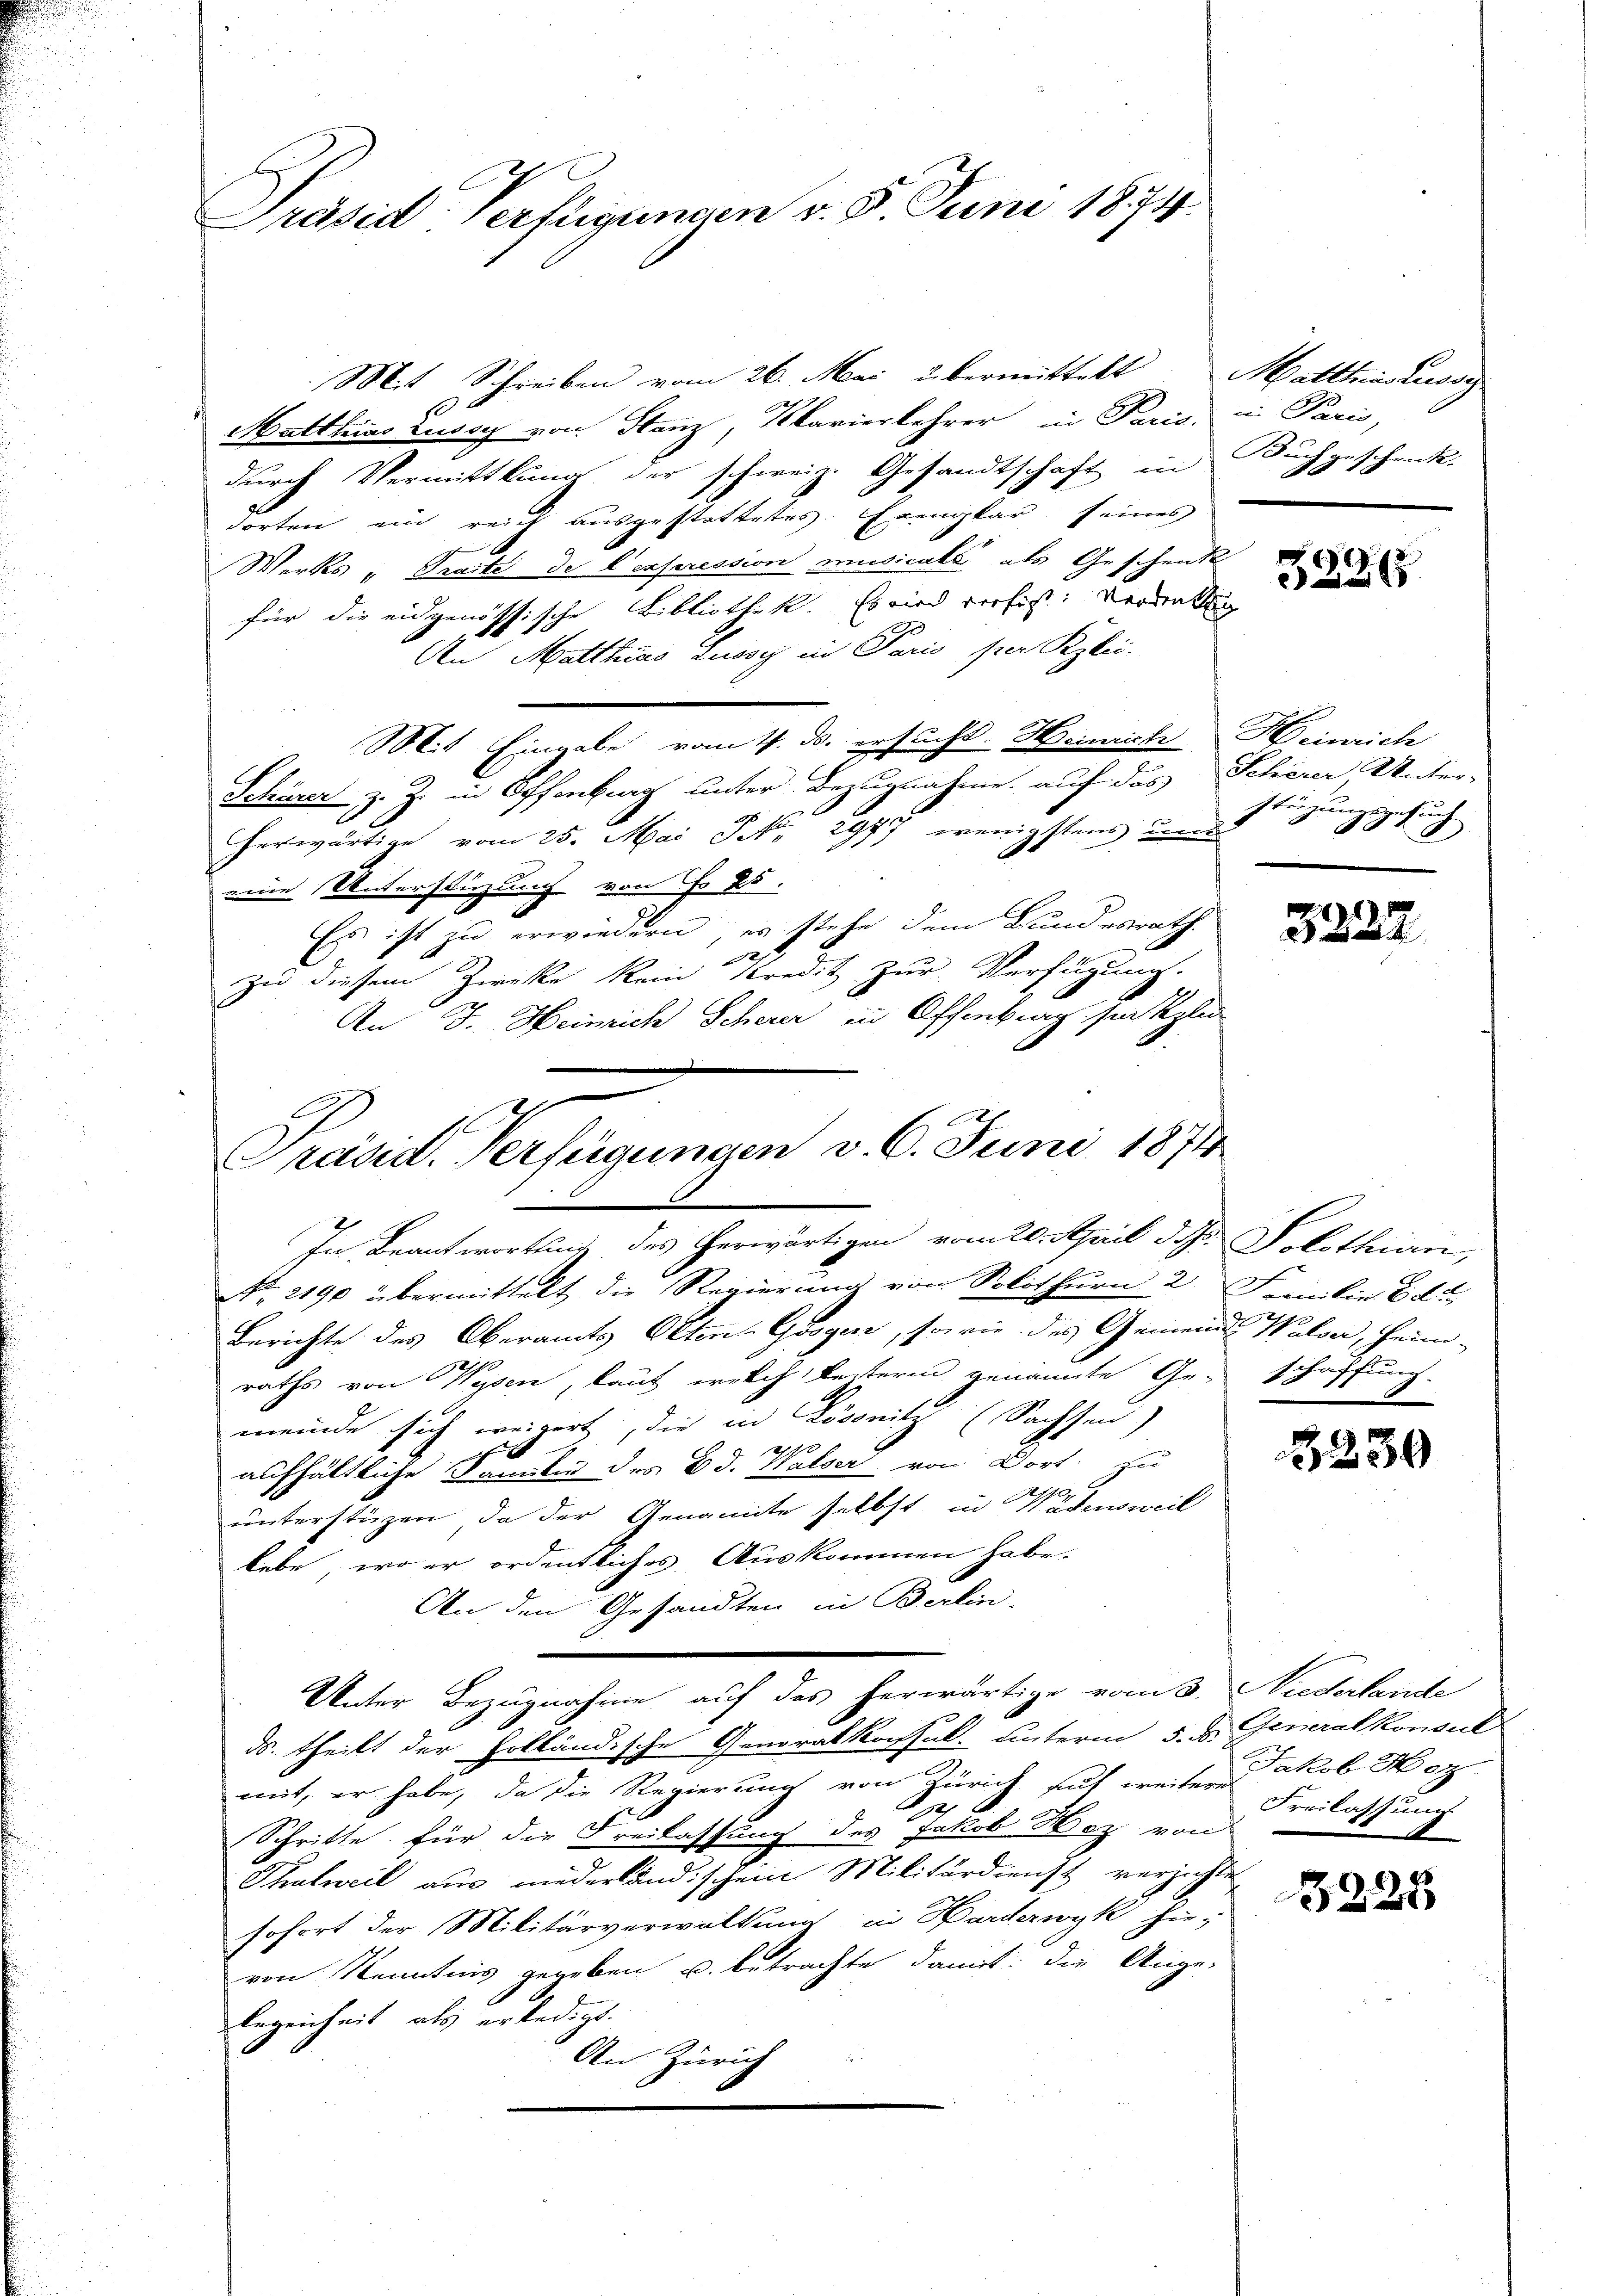
Präsid. Verfügungen v. 5. Juni 1874.

Mit Schreiben vom 26. Mai übermittelt Matthiaskuss
Matthias Zussy von Stanz, Kkarierkehrer in Paris, in Paris,
durch Vermittlung der schweiz. Gesandtschaft in
dorten ein reich ausgestattetes Exemplar seines
Werks - Tracte de l’exferession musicals als Geschenk
für die eidgenössische Bibliothek. Es wird verfis: Vermutung
An Matthias Lussy in Paris per Klei-
Mit Ein aber vom 4. ds. ersucht. Heinrich Heinrich
Schöner z. Z. in Offenburg unter Bezugnahme auf das Schärer Unter-
herwärtige vom 25. Mai S. 2977 wenigstens und ausgesuch
eine Unterstüzung von Fr. 25.
Es ist zu erwiedern, es stehe dem Bundesrath.
10
A
zu diesem Zwecke kein Kredit zur Verfügung.
An J. Heinrich Scherer in Offenbrg sie kli
e

Präsid. Verfügungen v. 6. Juni 1874
In Beantwortung des herwärtigen vom 20. April d. J. V. Lothin,
No. 2190 übermittelt die Regierung von Solithurn 2 Familie Edt

Berichte des Oberamts Olten Grogen, sowie des Gemeinde Walder, Heim-
raths von Wysen, laut welch Reiterin genannte Geschaffung.
meinde sich weigert, die in Lösonitz (Sachsen,
aufhältliche Familie des Bd. Walser von Dort zu
270,
unterstüzen, da der Genannte selbst in Wädensweil
lebe, wo er ordentliches Auskommen habe.
An den Gesandten in Berlin,
ds. theilt der Holländische Generalkonstal. Unterm 5. d. Generalkonsul
mit, er habe, da die Regierung von Zürich gut weiter akob Hoz
 f 12 x
Schritte für die Freilassung des Jakob Wez von
Thalweil aus niederländischein Militärdienst verzichte,
sofort der Militärverwaltung in Harderwyk hie-
von Kenntnis gegeben u. betrachte damit: die Ange-
legenheit als erledigt.
An Zürich

Unter Bezugnahme auf das herwärtige vom 3. Niedertende

Buchgeschenk.

3226.

rkunge

3222

3230

Freilassung
8

3225